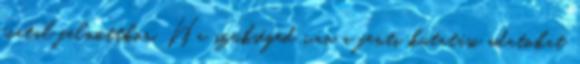
fiatal felnőttkor. Ha szükséged van a fenti kutatási adatokat